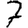
Digit: 7